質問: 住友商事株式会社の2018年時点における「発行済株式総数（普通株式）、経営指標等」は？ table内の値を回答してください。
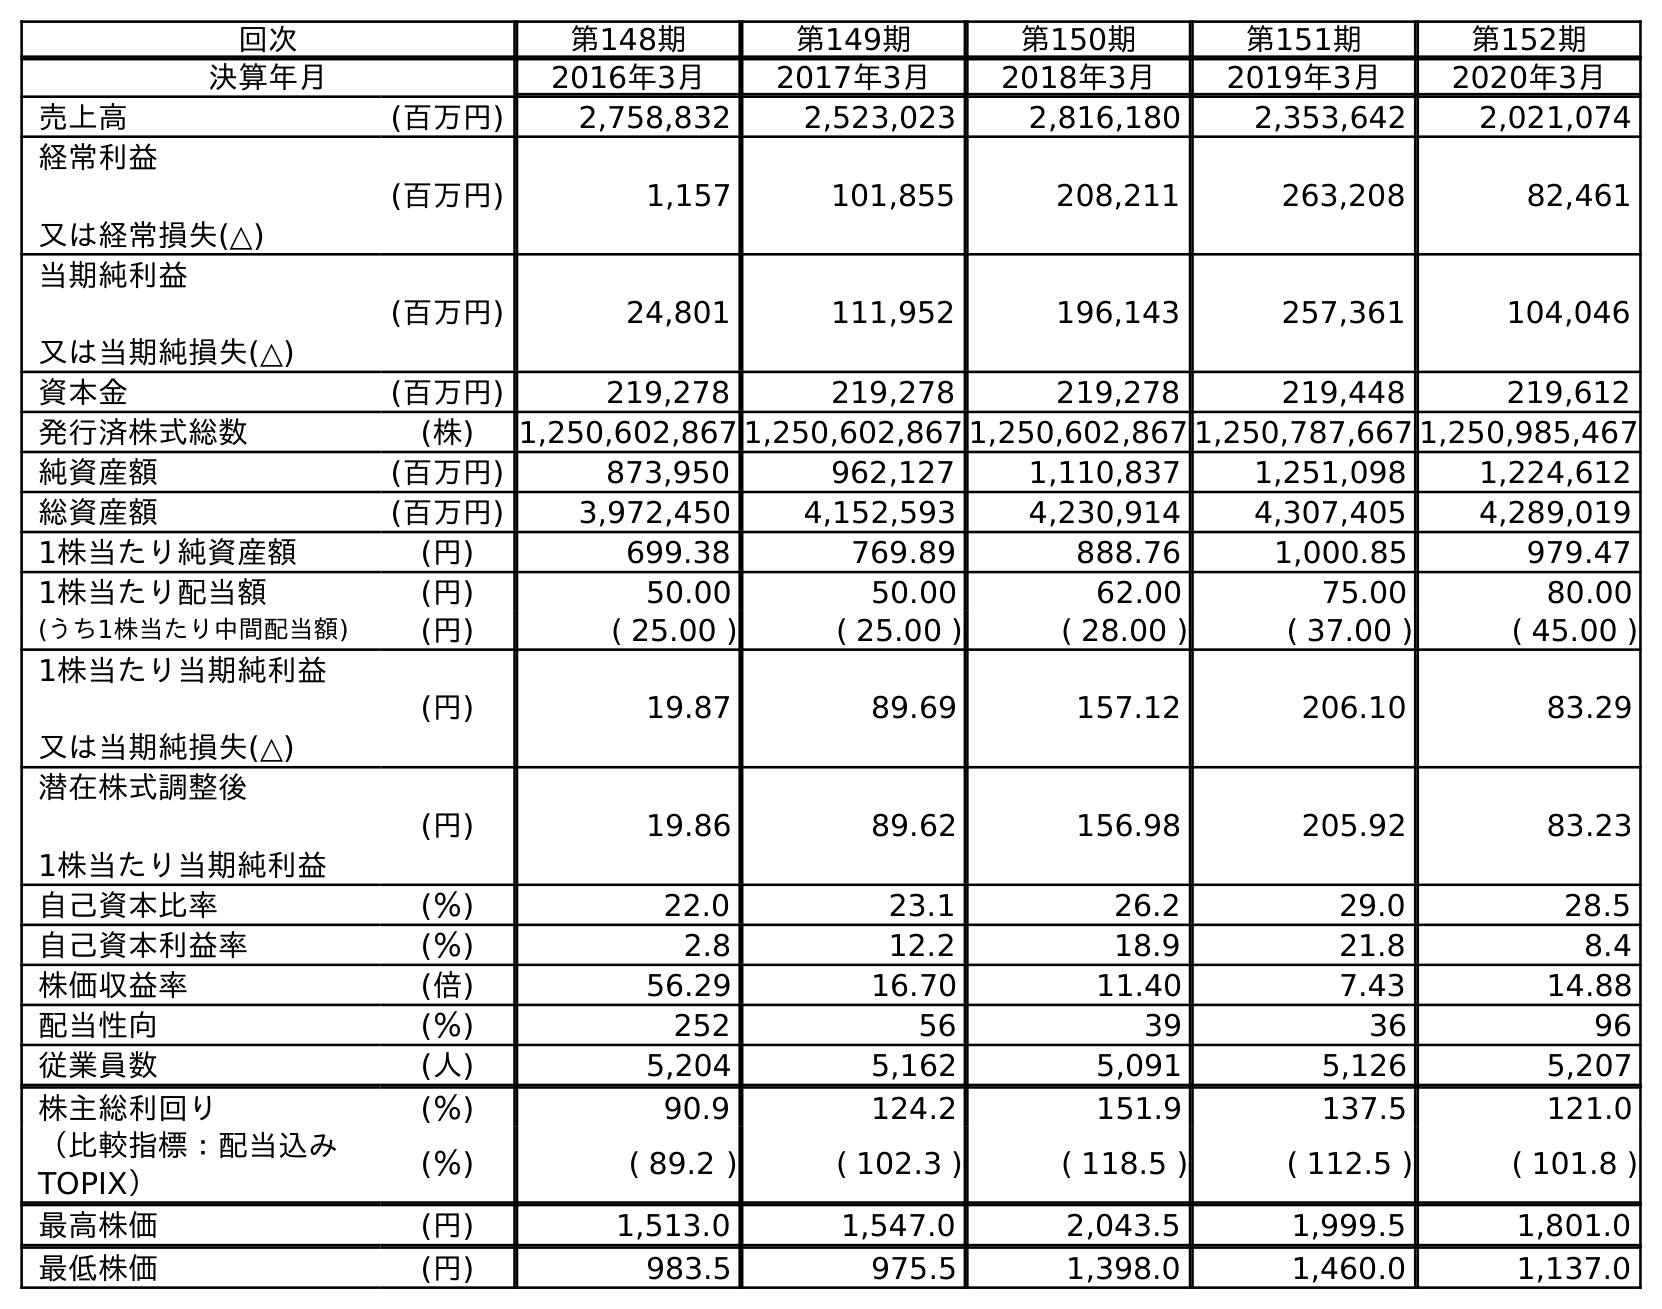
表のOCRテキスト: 回次 第148期 第149期 第150期 第151期 第152期 決算年月 2016年3月 2017年3月 2018年3月 2019年3月 2020年3月 売上高 (百万円) 2,758,832 2,523,023 2,816,180 2,353,642 2,021,074 経常利益 又は経常損失(△) (百万円) 1,157 101,855 208,211 263,208 82,461 当期純利益 又は当期純損失(△) (百万円) 24,801 111,952 196,143 257,361 104,046 資本金 (百万円) 219,278 219,278 219,278 219,448 219,612 発行済株式総数 (株) 1,250,602,867 1,250,602,867 1,250,602,867 1,250,787,667 1,250,985,467 純資産額 (百万円) 873,950 962,127 1,110,837 1,251,098 1,224,612 総資産額 (百万円) 3,972,450 4,152,593 4,230,914 4,307,405 4,289,019 1株当たり純資産額 (円) 699.38 769.89 888.76 1,000.85 979.47 1株当たり配当額 (円) 50.00 50.00 62.00 75.00 80.00 (うち1株当たり中間配当額) (円) ( 25.00 ) ( 25.00 ) ( 28.00 ) ( 37.00 ) ( 45.00 ) 1株当たり当期純利益 又は当期純損失(△) (円) 19.87 89.69 157.12 206.10 83.29 潜在株式調整後 1株当たり当期純利益 (円) 19.86 89.62 156.98 205.92 83.23 自己資本比率 (％) 22.0 23.1 26.2 29.0 28.5 自己資本利益率 (％) 2.8 12.2 18.9 21.8 8.4 株価収益率 (倍) 56.29 16.70 11.40 7.43 14.88 配当性向 (％) 252 56 39 36 96 従業員数 (人) 5,204 5,162 5,091 5,126 5,207 株主総利回り (％) 90.9 124.2 151.9 137.5 121.0 （比較指標：配当込み TOPIX） (％) ( 89.2 ) ( 102.3 ) ( 118.5 ) ( 112.5 ) ( 101.8 ) 最高株価 (円) 1,513.0 1,547.0 2,043.5 1,999.5 1,801.0 最低株価 (円) 983.5 975.5 1,398.0 1,460.0 1,137.0
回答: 1,250,602,867